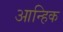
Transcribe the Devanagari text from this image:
आन्हिक